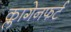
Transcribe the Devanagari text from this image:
क्लागेनफर्ट